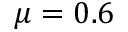
\mu = 0 . 6